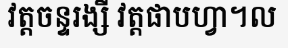
វត្តចន្ទរង្សី វត្តផាបហ្វា។ល